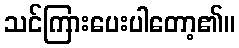
သင်ကြားပေးပါတော့၏။